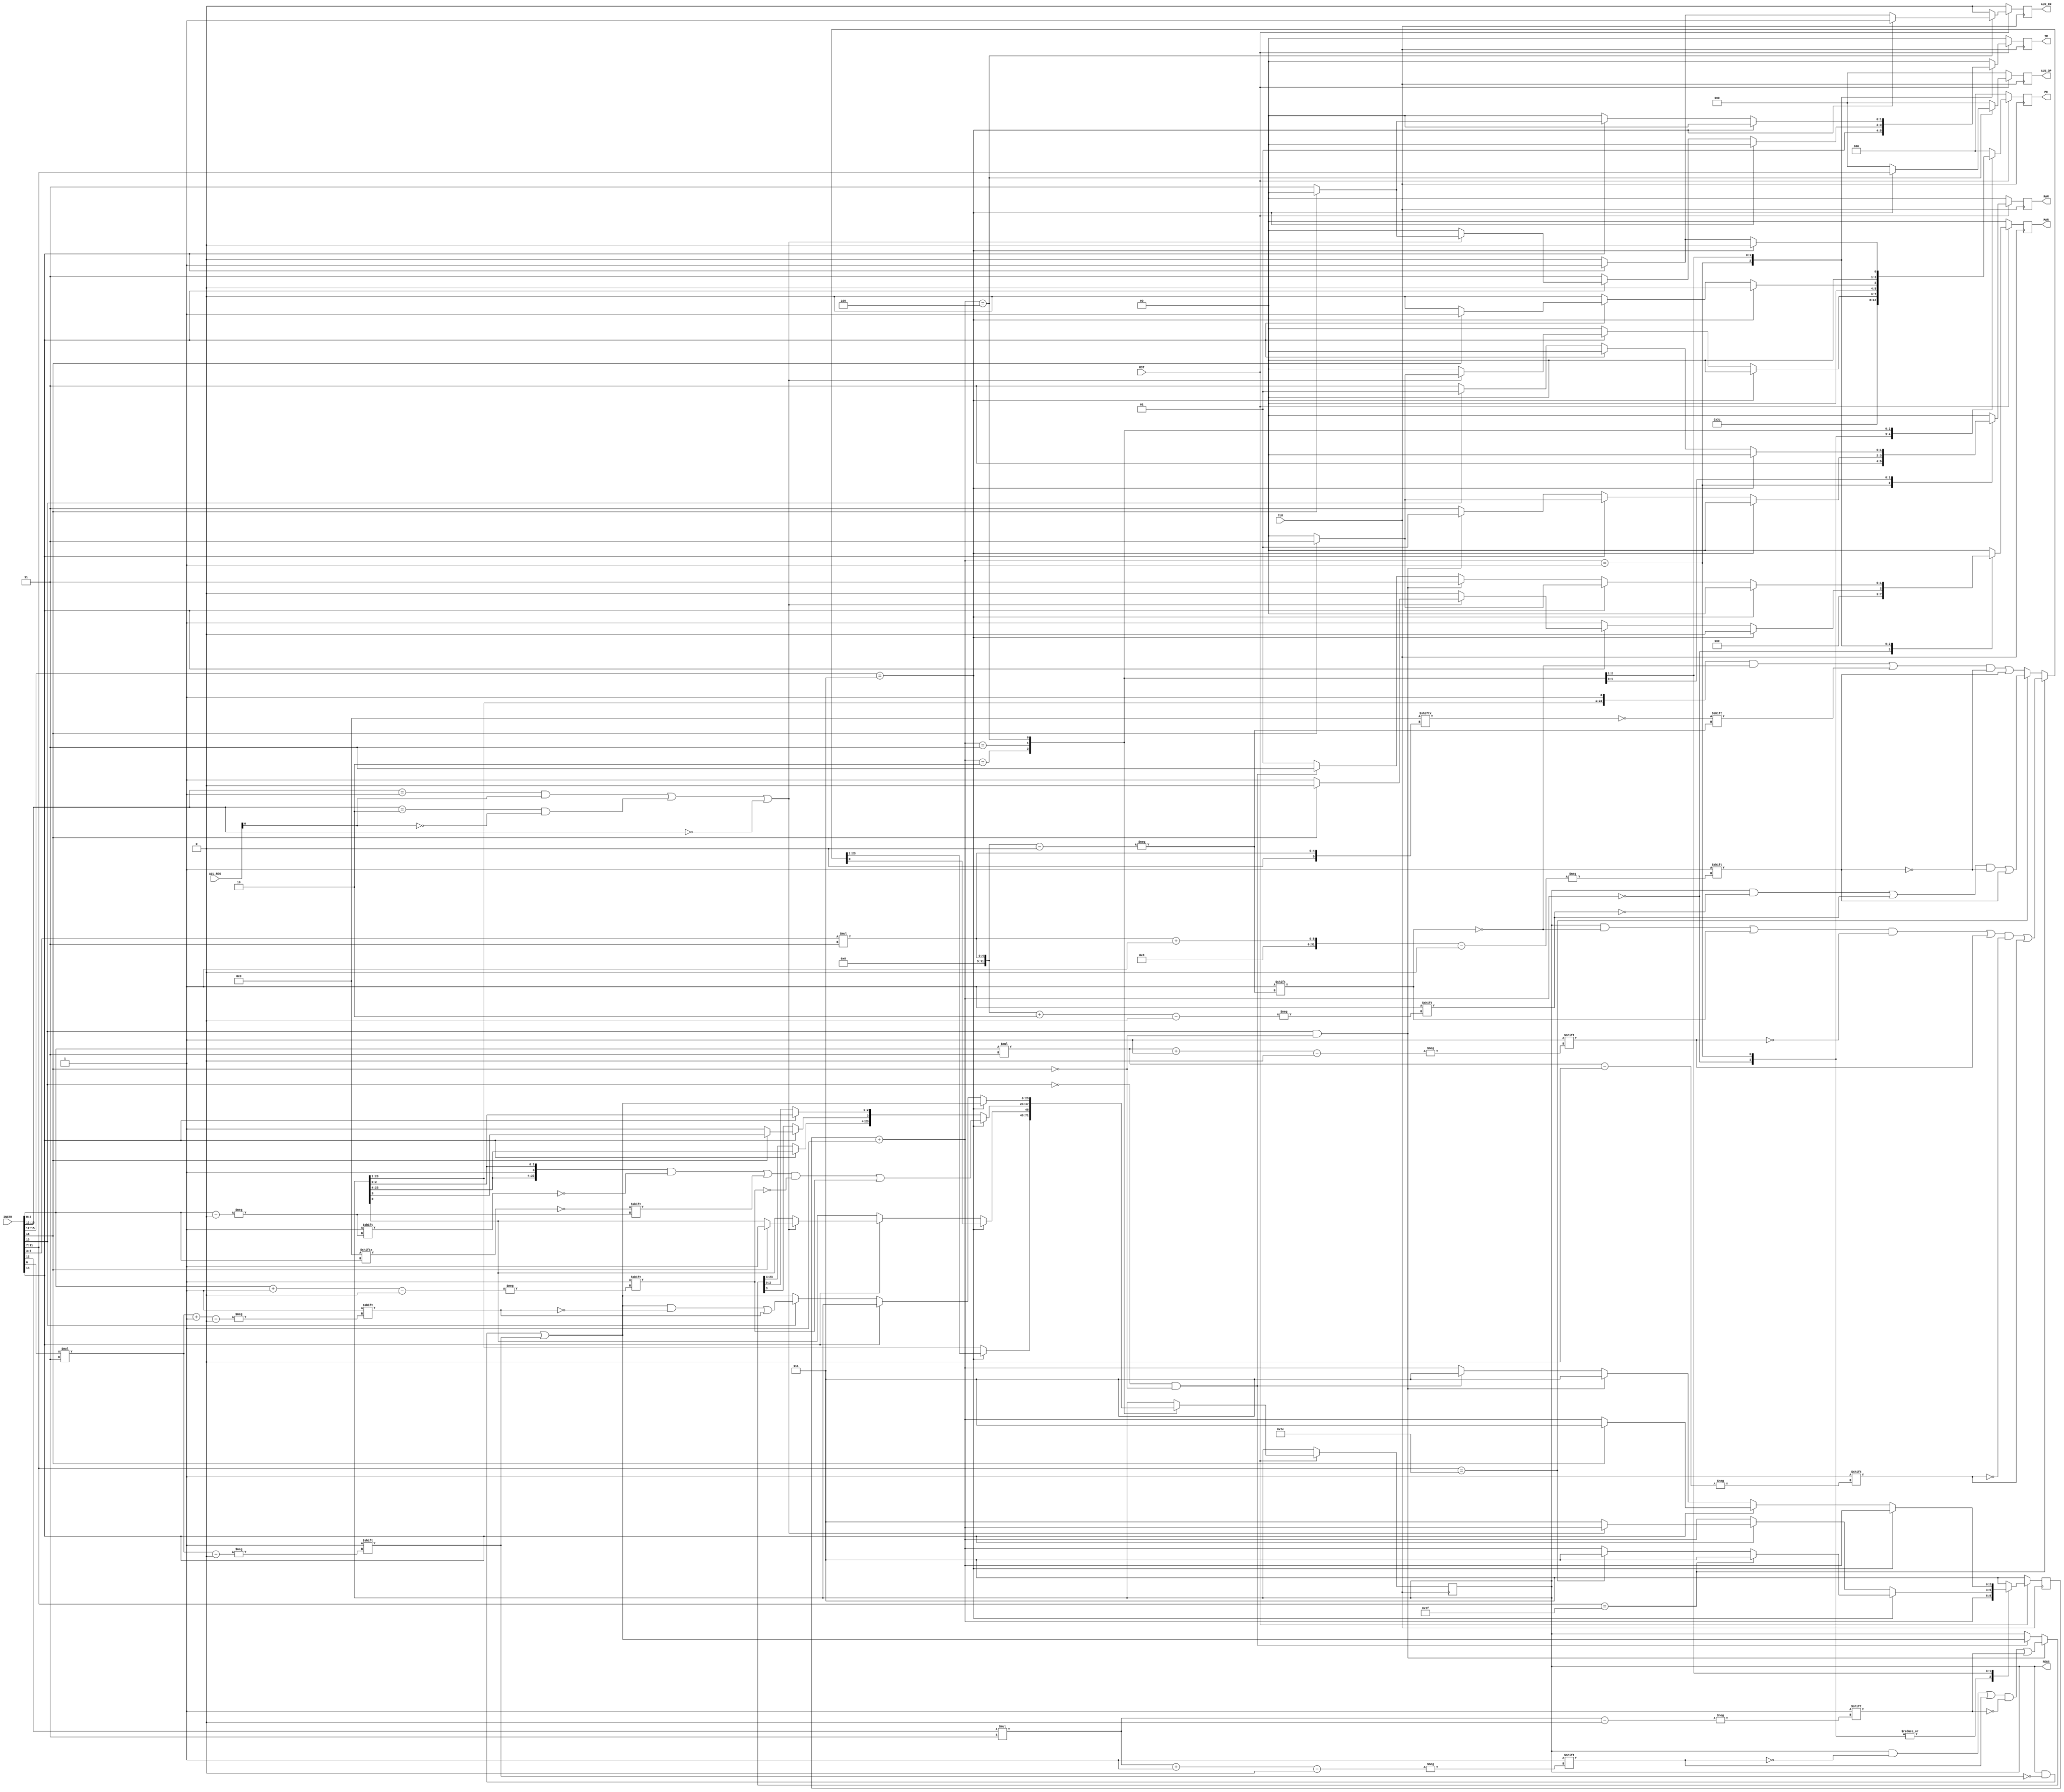
`timescale 1ns/1ns

// to standardize the registers,
//if the bus is 2 wide, it's r/w, then en
//if three, it's inc, then  r/w, then en

module BatAmateurController(
	input wire CLK, RST,
	input wire [7:0] ALU_REG,
	input wire [15:0] INSTR,

	output reg [2:0] PC,
	output reg [1:0] MAR,
	output reg [1:0] RAM,
	output reg [1:0] IR,
	//A, B, 3, 4, 5, 6, 7, OUT (from small to big)
	output reg [23:0] REGS,
	output reg ALU_EN,
	output reg [4:0] ALU_OP
);

reg [2:0] uOP;

always @(negedge CLK) //negedge to avoid causing race conditions
begin
	//increment the uOP
	//reset state for uOP is 3, then
	uOP = uOP + 1;
	//we also need to clear all of the output controls
	//to definitively avoid crosstalk
	PC = 0;
	MAR = 0;
	RAM = 0;
	IR = 0;
	REGS = 0;
	ALU_EN = 0;
	ALU_OP = 0;
	
	if(RST == 1'b0)
	begin
		uOP = 3'b111;
	end
	else
	begin
	//now we configure the signals correctly
	case(uOP)
	
		0: //initial retrieval
			begin
			PC <= 3'b011;
			MAR <= 2'b01;
			end

		1: //load from memory into IR
			begin
			PC <= 3'b110; 
			MAR <= 2'b11;
			RAM <= 2'b11;
			IR <= 2'b01;
			end
	
		2: //and he, upon, look'd his creation,
		   //wept, for it was to be ugly and dumb
		   //yet, he worked on, as if to be unfazed
		   //he'd finish if it cost him ARM and THUMB
			begin
				if(INSTR[15:12] == 4'b0111)
				begin
					//this is the pit of ALU
					//tread lightly, and with a big 
					
					//check MOV
					if(INSTR[11:7] == 5'b11111)
					begin
						//r1 enable
						REGS[INSTR[5:3]*3] <= 1'b1;
						//r2 enable and read out
						REGS[INSTR[2:0]*3+1] <= 1'b1;
						REGS[INSTR[2:0]*3] <= 1'b1;
						//reset
						uOP <= 3'b111;
					end
					//check inc
					else if(INSTR[11:7] == 5'b11110)
					begin
						//r1 inc and read out (no enable)
						REGS[INSTR[5:3]*3+2] <= 1'b1;
						REGS[INSTR[5:3]*3+1] <= 1'b1;
						//reset
						uOP <= 3'b111;
					end
					else
					begin
						//we're gonna do something slick here to avoid repeats
						//we xor the bits in
						//this means if enable is written to twice, nothing happens
						
						//enable A to write to
						REGS[0] <= 1'b1;
						REGS[INSTR[5:3]*3] <= (REGS[INSTR[5:3]*3]) ^ 1'b1;
						REGS[INSTR[5:3]*3+1] <= 1'b1;
					end
				end
				else
				begin
					//this is the memory den
					//oh no.
					if(INSTR[14]==1'b1) //JMP set of instructions
					begin
						//00 is uncond, 01 is z = 1, 10 is z = 0, 11 is unregistered
						//i guess 11 is unconditional unjump lmao
						if(((INSTR[13:12] == 1) && (ALU_REG[0] == 1)) || (INSTR[13:12] == 2 && ALU_REG[0] == 0) ||(INSTR[13:12] == 2'b00))
						begin
							if(INSTR[15] == 1)
							begin
								//write to A
								REGS[0] <= 1'b1;
								PC <= 3'b011;
							end
							else
							begin
								//write addr to mar
								IR <= 2'b11;
								MAR <= 2'b01;
							end
						end
						else
						begin
							uOP <= 3'b111;
						end
					end
					else if(INSTR[14]==1'b0) //LD or STR
					begin
						//ld and str are the same here
						IR <= 2'b11;
						MAR <= 2'b01;
					end
				end
			end
		3:
		    begin
				if(INSTR[15:12] == 4'b0111)
				begin
					REGS[3] <= 1'b1;
					REGS[INSTR[2:0]] <= REGS[INSTR[2:0]] ^ 1'b1;
					REGS[INSTR[2:0]+1] <= 1'b1;
				end
				else
				begin
					if(INSTR[14]==1'b1)
					begin
						if(INSTR[15] == 1'b1)
						begin
							RAM <= 2'b11;
							MAR <= 2'b11;
							PC <= 3'b001;
							uOP <= 3'b111;
						end
						else
						begin
							REGS[3] <= 1'b1;
							IR <= 2'b11;
						end
					end
					else
					begin
						//this is the only case where we don't need the output of the mem
						//store immediate
						if(INSTR[13]==1'b1 && INSTR[15] == 1'b0)
						begin
							REGS[INSTR[12]*3+1] <= 1'b1;
							REGS[INSTR[12]*3] <= 1'b1;
							RAM <= 2'b01;
							MAR <= 2'b11;
							uOP <= 3'b111;
						end
						else if(INSTR[13]==1'b0 && INSTR[15]==1'b0)
						begin
							MAR <= 2'b11;
							RAM <= 2'b11;
							REGS[INSTR[6]*3] <= 1'b1;
							uOP <= 3'b111;
						end
						else
						begin
							RAM <= 2'b11;
							MAR <= 2'b01;
						end
					end
				end
			end
		4:
		    begin
				if(INSTR[15:12] == 4'b0111)
				begin
					ALU_EN <= 1'b1;
					ALU_OP <= INSTR[11:7];
					REGS[INSTR[6]*3] <= 1'b1;
					uOP <= 3'b111;
				end
				else
				begin
					if(INSTR[14]==1'b1)
					begin
						ALU_EN <= 1'b1;
						ALU_OP <= 5'b00000; //NOTE: check if adds
						PC <= 2'b01;
						uOP <= 3'b111;
					end
					else
					begin
						if(INSTR[13] == 1'b1)
						begin
							RAM <= 2'b01;
							REGS[INSTR[6]*3] <= 1'b1;
							REGS[INSTR[6]*3+1] <= 1'b1;
							uOP <= 3'b111;
						end
						else
						begin
							REGS[INSTR[6]*3] <= 1'b1;
							RAM <= 2'b11;
							uOP <= 3'b111;
						end
					end
				end
			end
		default:
		    begin
				uOP <= 3'b111; //woops, missed one somewhere.
			end
	endcase
	end
end

endmodule